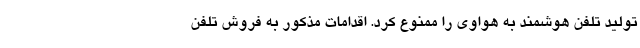
تولید تلفن هوشمند به هواوی را ممنوع کرد. اقدامات مذکور به فروش تلفن